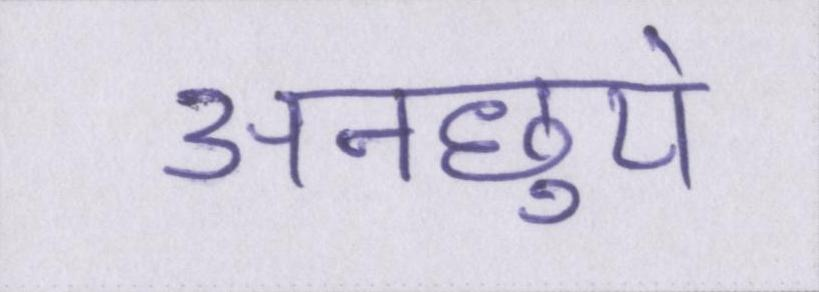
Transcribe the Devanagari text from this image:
अनछुये